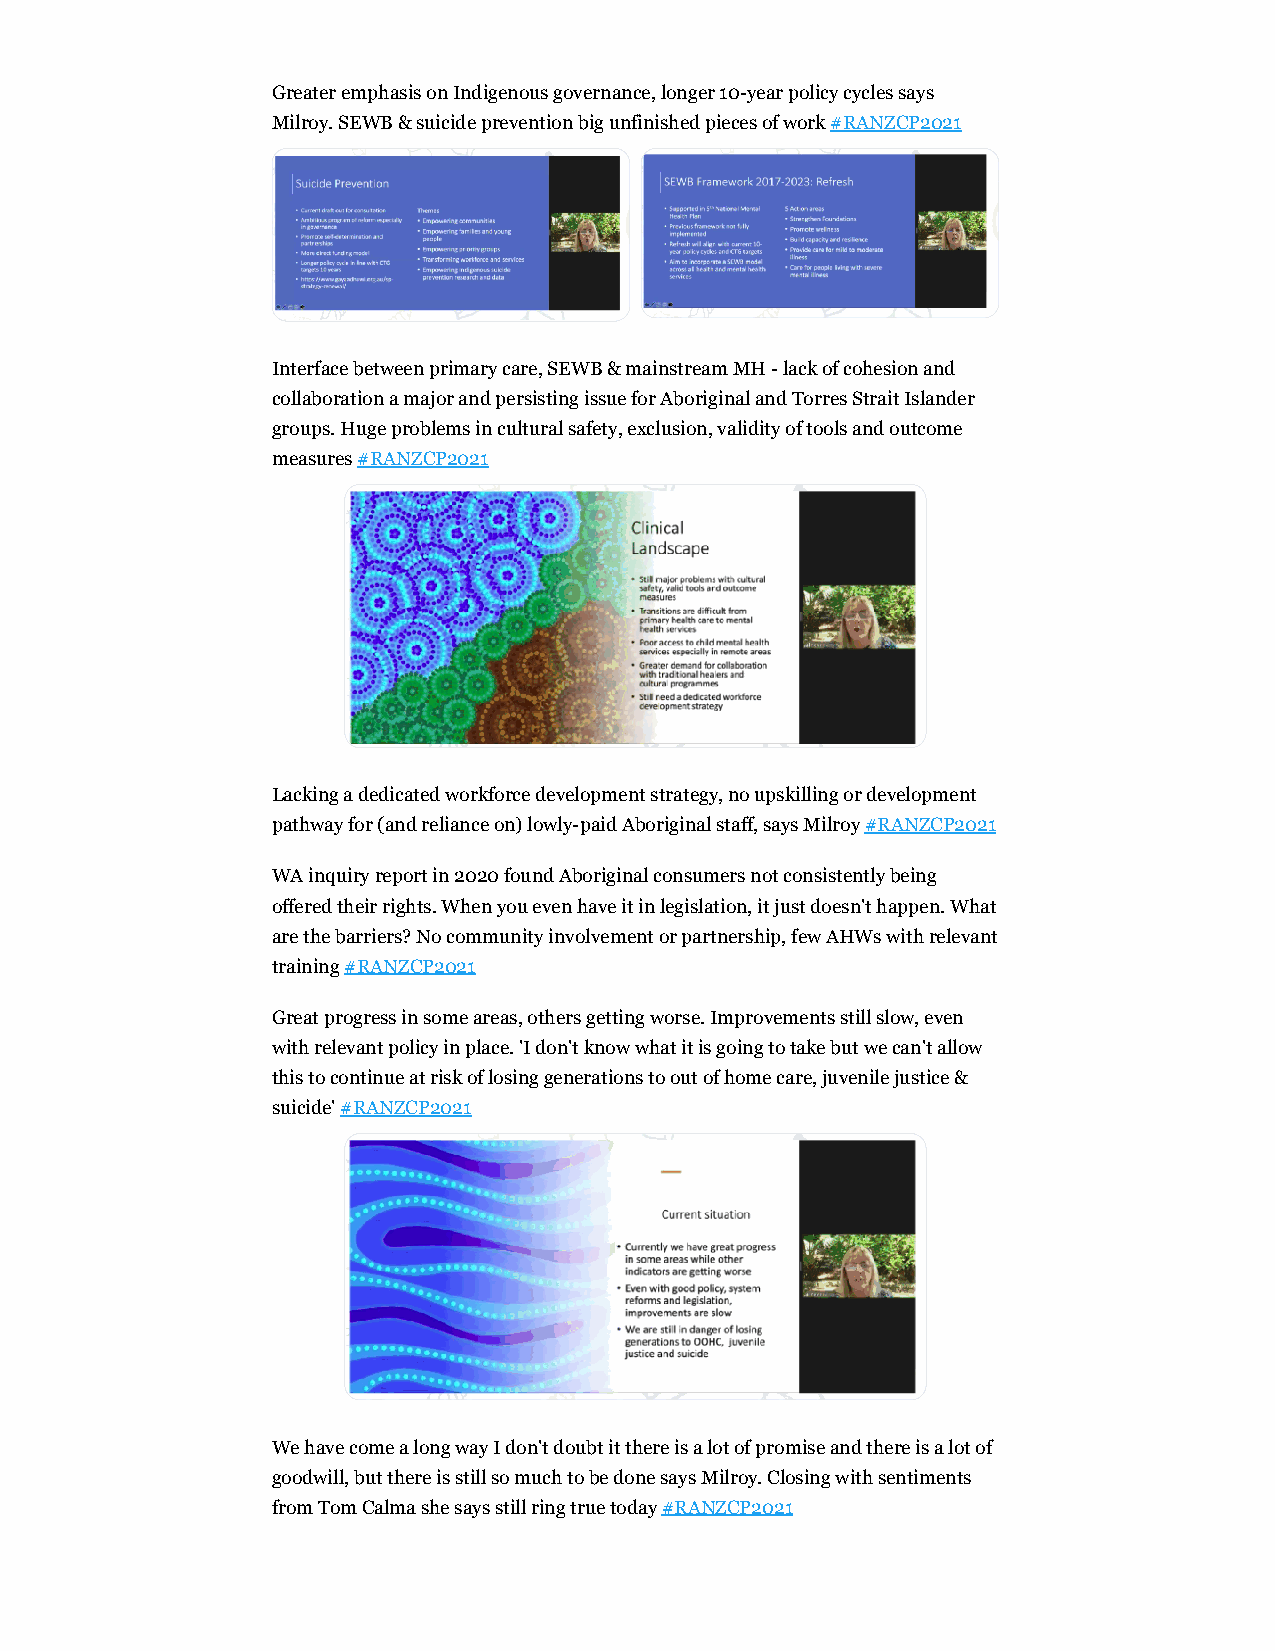
Greater emphasis on Indigenous governance, longer 10-year policy cycles says
 Milroy. SEWB & suicide prevention big unfinished pieces of work #RANZCP2021
 Interface between primary care, SEWB & mainstream MH - lack of cohesion and
 collaboration a major and persisting issue for Aboriginal and Torres Strait Islander
 groups. Huge problems in cultural safety, exclusion, validity of tools and outcome
 measures #RANZCP2021
 Lacking a dedicated workforce development strategy, no upskilling or development
 pathway for (and reliance on) lowly-paid Aboriginal staff, says Milroy #RANZCP2021
 WA inquiry report in 2020 found Aboriginal consumers not consistently being
 offered their rights. When you even have it in legislation, it just doesn't happen. What
 are the barriers? No community involvement or partnership, few AHWs with relevant
 training #RANZCP2021
 Great progress in some areas, others getting worse. Improvements still slow, even
 with relevant policy in place. 'I don't know what it is going to take but we can't allow
 this to continue at risk of losing generations to out of home care, juvenile justice &
 suicide' #RANZCP2021
 We have come a long way I don't doubt it there is a lot of promise and there is a lot of
 goodwill, but there is still so much to be done says Milroy. Closing with sentiments
 from Tom Calma she says still ring true today #RANZCP2021